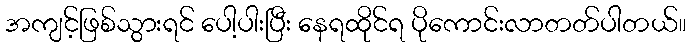
အကျင့်ဖြစ်သွားရင် ပေါ့ပါးပြီး နေရထိုင်ရ ပိုကောင်းလာတတ်ပါတယ်။